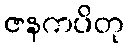
ဇနကပိတု